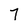
Character: 7